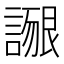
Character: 𲁴